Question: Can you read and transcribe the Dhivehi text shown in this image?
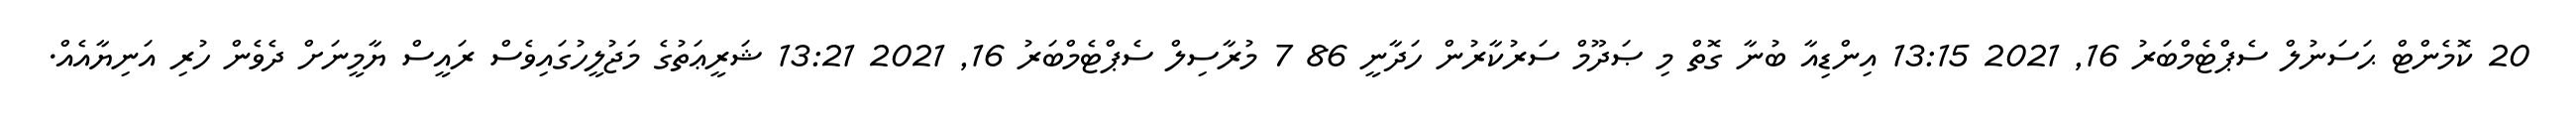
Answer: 20 ކޮމެންޓް ޙަސަނުލް ސެޕްޓެމްބަރު 16, 2021 13:15 އިންޑިއާ ބުނާ ގޮތް މި ޞަދޫމް ސަރުކާރުން ހަދާނީ 86 7 މުރާސިލް ސެޕްޓެމްބަރު 16, 2021 13:21 ޝަރީޢަތުގެ މަޖުލީހުގައިވެސް ރައީސް ޔާމީނަށް ދެވެން ހުރި އަނިޔާއެއް.